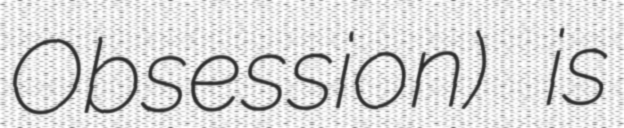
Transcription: Obsession) is